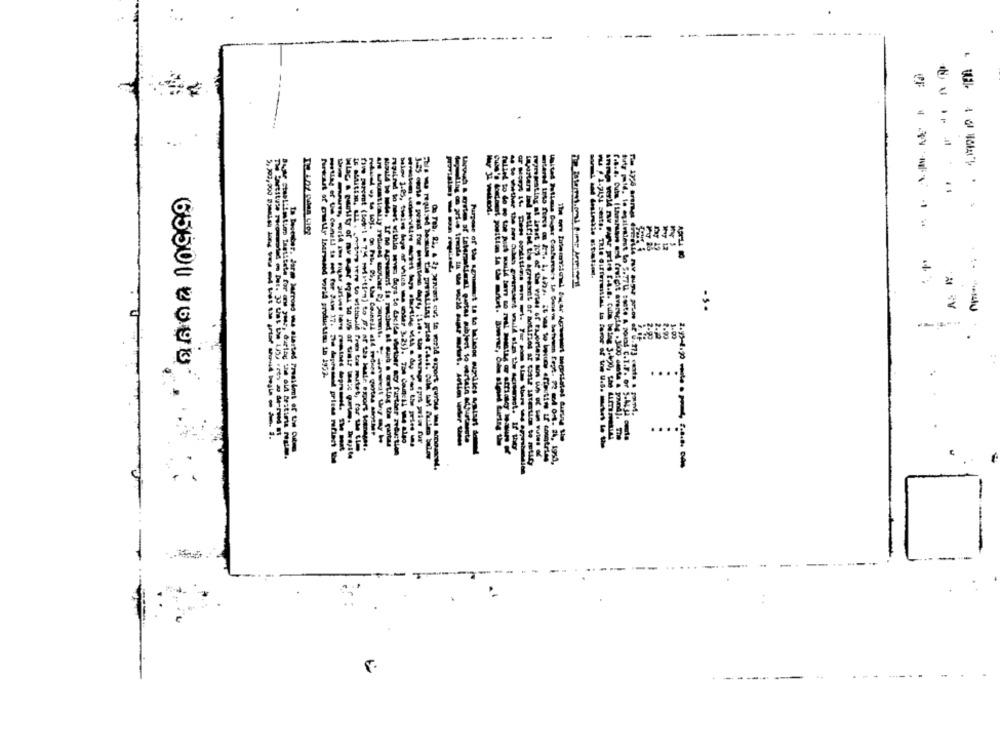
...
=
2
65501 2693
hareket of orally laarmand vorif productden 18 1932.
---------------
IE Suitin, IL . . men were to withbild fres tos mutet, for the tl
balov 1.2), theirs dage af viles mne monder 3.25). 750 Can:11 124 algo
Habe watutire mart lass starting vista des van the price us
Buty pild, le egalvilest to 5.77U seste A porad C.I.F. or 5.ALJi omta
mailed to meet withlo sovs days Se dación värther any further avec tien
---------------
United Bulima Buger Confuress+ to Geneva between füge. 72 med 04. 24, 1951,
---
A